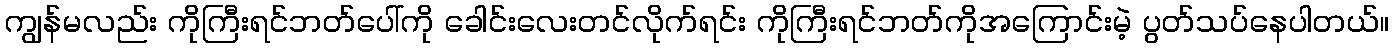
ကျွန်မလည်း ကိုကြီးရင်ဘတ်ပေါ်ကို ခေါင်းလေးတင်လိုက်ရင်း ကိုကြီးရင်ဘတ်ကိုအကြောင်းမဲ့ ပွတ်သပ်နေပါတယ်။